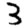
Digit: 3